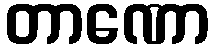
တာဏော